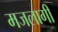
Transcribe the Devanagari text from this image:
मजलागीं